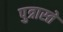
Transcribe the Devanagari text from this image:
पुत्रास्ते